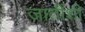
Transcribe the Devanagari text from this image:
जातींशी